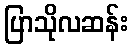
ပြာသိုလဆန်း